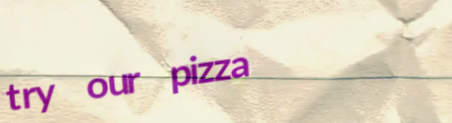
try our pizza